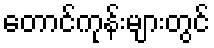
တောင်ကုန်းများတွင်